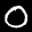
Label: 0